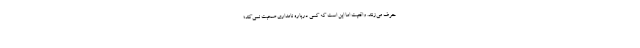
حرف می‌زنند. واقعیت اما این است که کسی درباره نامداری صحبت نمی‌کند؛